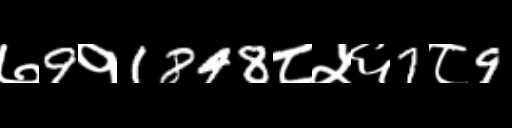
Text: ७9१1848८५६7८9